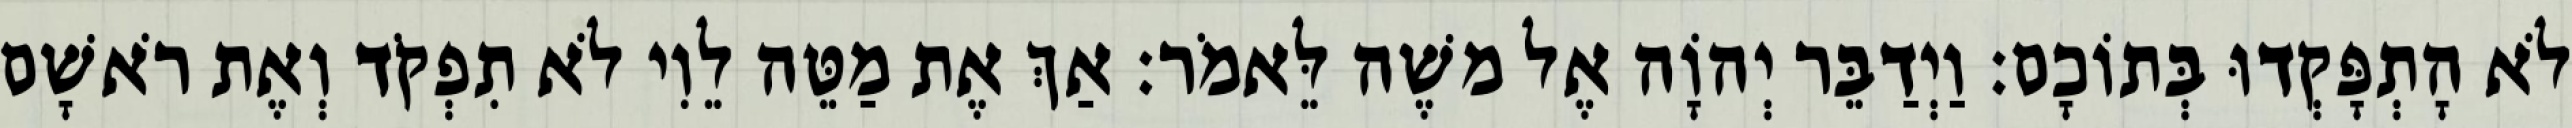
לֹא הָתְפָּקְדוּ בְּתוֹכָם׃ וַיְדַבֵּר יְהוָֹה אֶל משֶׁה לֵּאמֹר׃ אַךְ אֶת מַטֵּה לֵוִי לֹא תִפְקֹד וְאֶת רֹאשָׁם